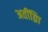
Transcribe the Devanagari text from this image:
अतींद्य्राि